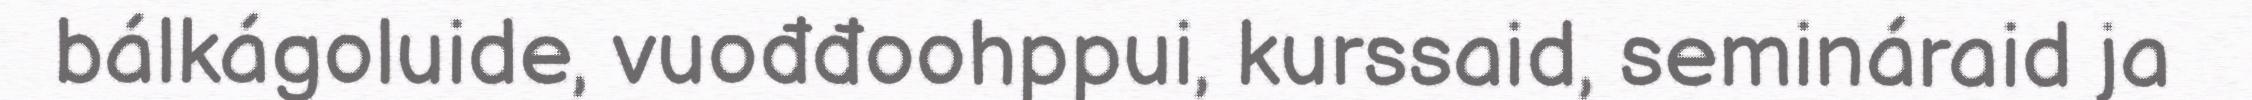
bálkágoluide, vuođđoohppui, kurssaid, semináraid ja